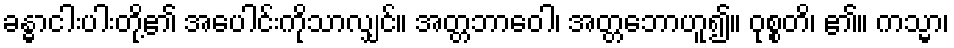
ခန္ဓာငါးပါးတို့၏ အပေါင်းကိုသာလျှင်။ အတ္တဘာဝေါ၊ အတ္တဘောဟူ၍။ ဝုစ္စတိ၊ ၏။ ကသ္မာ၊